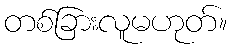
တစ်ခြားလူမဟုတ်။